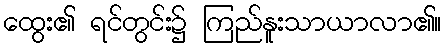
ထွေး၏ ရင်တွင်း၌ ကြည်နူးသာယာလာ၏။